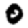
Digit: 0